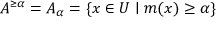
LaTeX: A ^ { \geq \alpha } = A _ { \alpha } = \{ x \in U \mid m ( x ) \geq \alpha \}